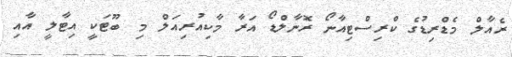
ރެއާލް މެޑްރިޑުގެ ކްރިސްޓިއާނޯ ރޮނާލްޑޯ އަރާ މާކިއުރިއަލް މި ބޫޓަކީ އިޓާލީ އާއި